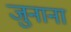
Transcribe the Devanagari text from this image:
जुनाना